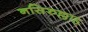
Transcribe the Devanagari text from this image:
नसिरुल्लाह